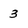
Character: 3